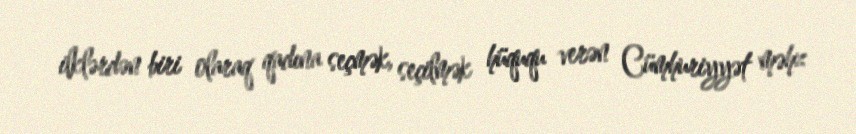
ilklərdən biri olaraq qadına seçmək, seçilmək hüququ verən Cümhuriyyət məhz